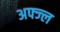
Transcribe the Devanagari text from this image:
अफ्ज्ल